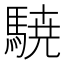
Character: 𮪈